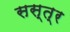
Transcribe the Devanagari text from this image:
सस्त्र